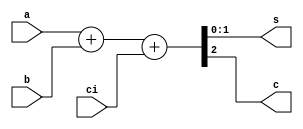
module fad (s,c,a,b,ci);
output [1:0]s;
output c;
input ci;
input [1:0]a,b;
assign {c,s} = a+b+ci;
endmodule